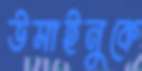
উসাইনুকে